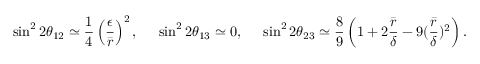
\sin ^ { 2 } 2 \theta _ { 1 2 } \simeq \frac { 1 } { 4 } \left( \frac { \epsilon } { \bar { r } } \right) ^ { 2 } , \; \; \; \; \; \sin ^ { 2 } 2 \theta _ { 1 3 } \simeq 0 , \; \; \; \; \; \sin ^ { 2 } 2 \theta _ { 2 3 } \simeq \frac { 8 } { 9 } \left( 1 + 2 \frac { \bar { r } } { \delta } - 9 ( \frac { \bar { r } } { \delta } ) ^ { 2 } \right) .